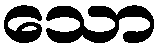
သော